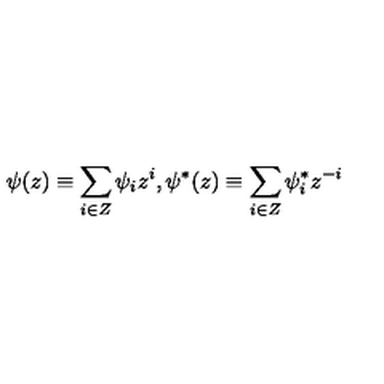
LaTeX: \psi ( z ) \equiv \sum _ { i \in Z } \psi _ { i } z ^ { i } , \psi ^ { \ast } ( z ) \equiv \sum _ { i \in Z } \psi _ { i } ^ { \ast } z ^ { - i }